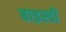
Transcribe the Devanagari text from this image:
बाइस्वीं